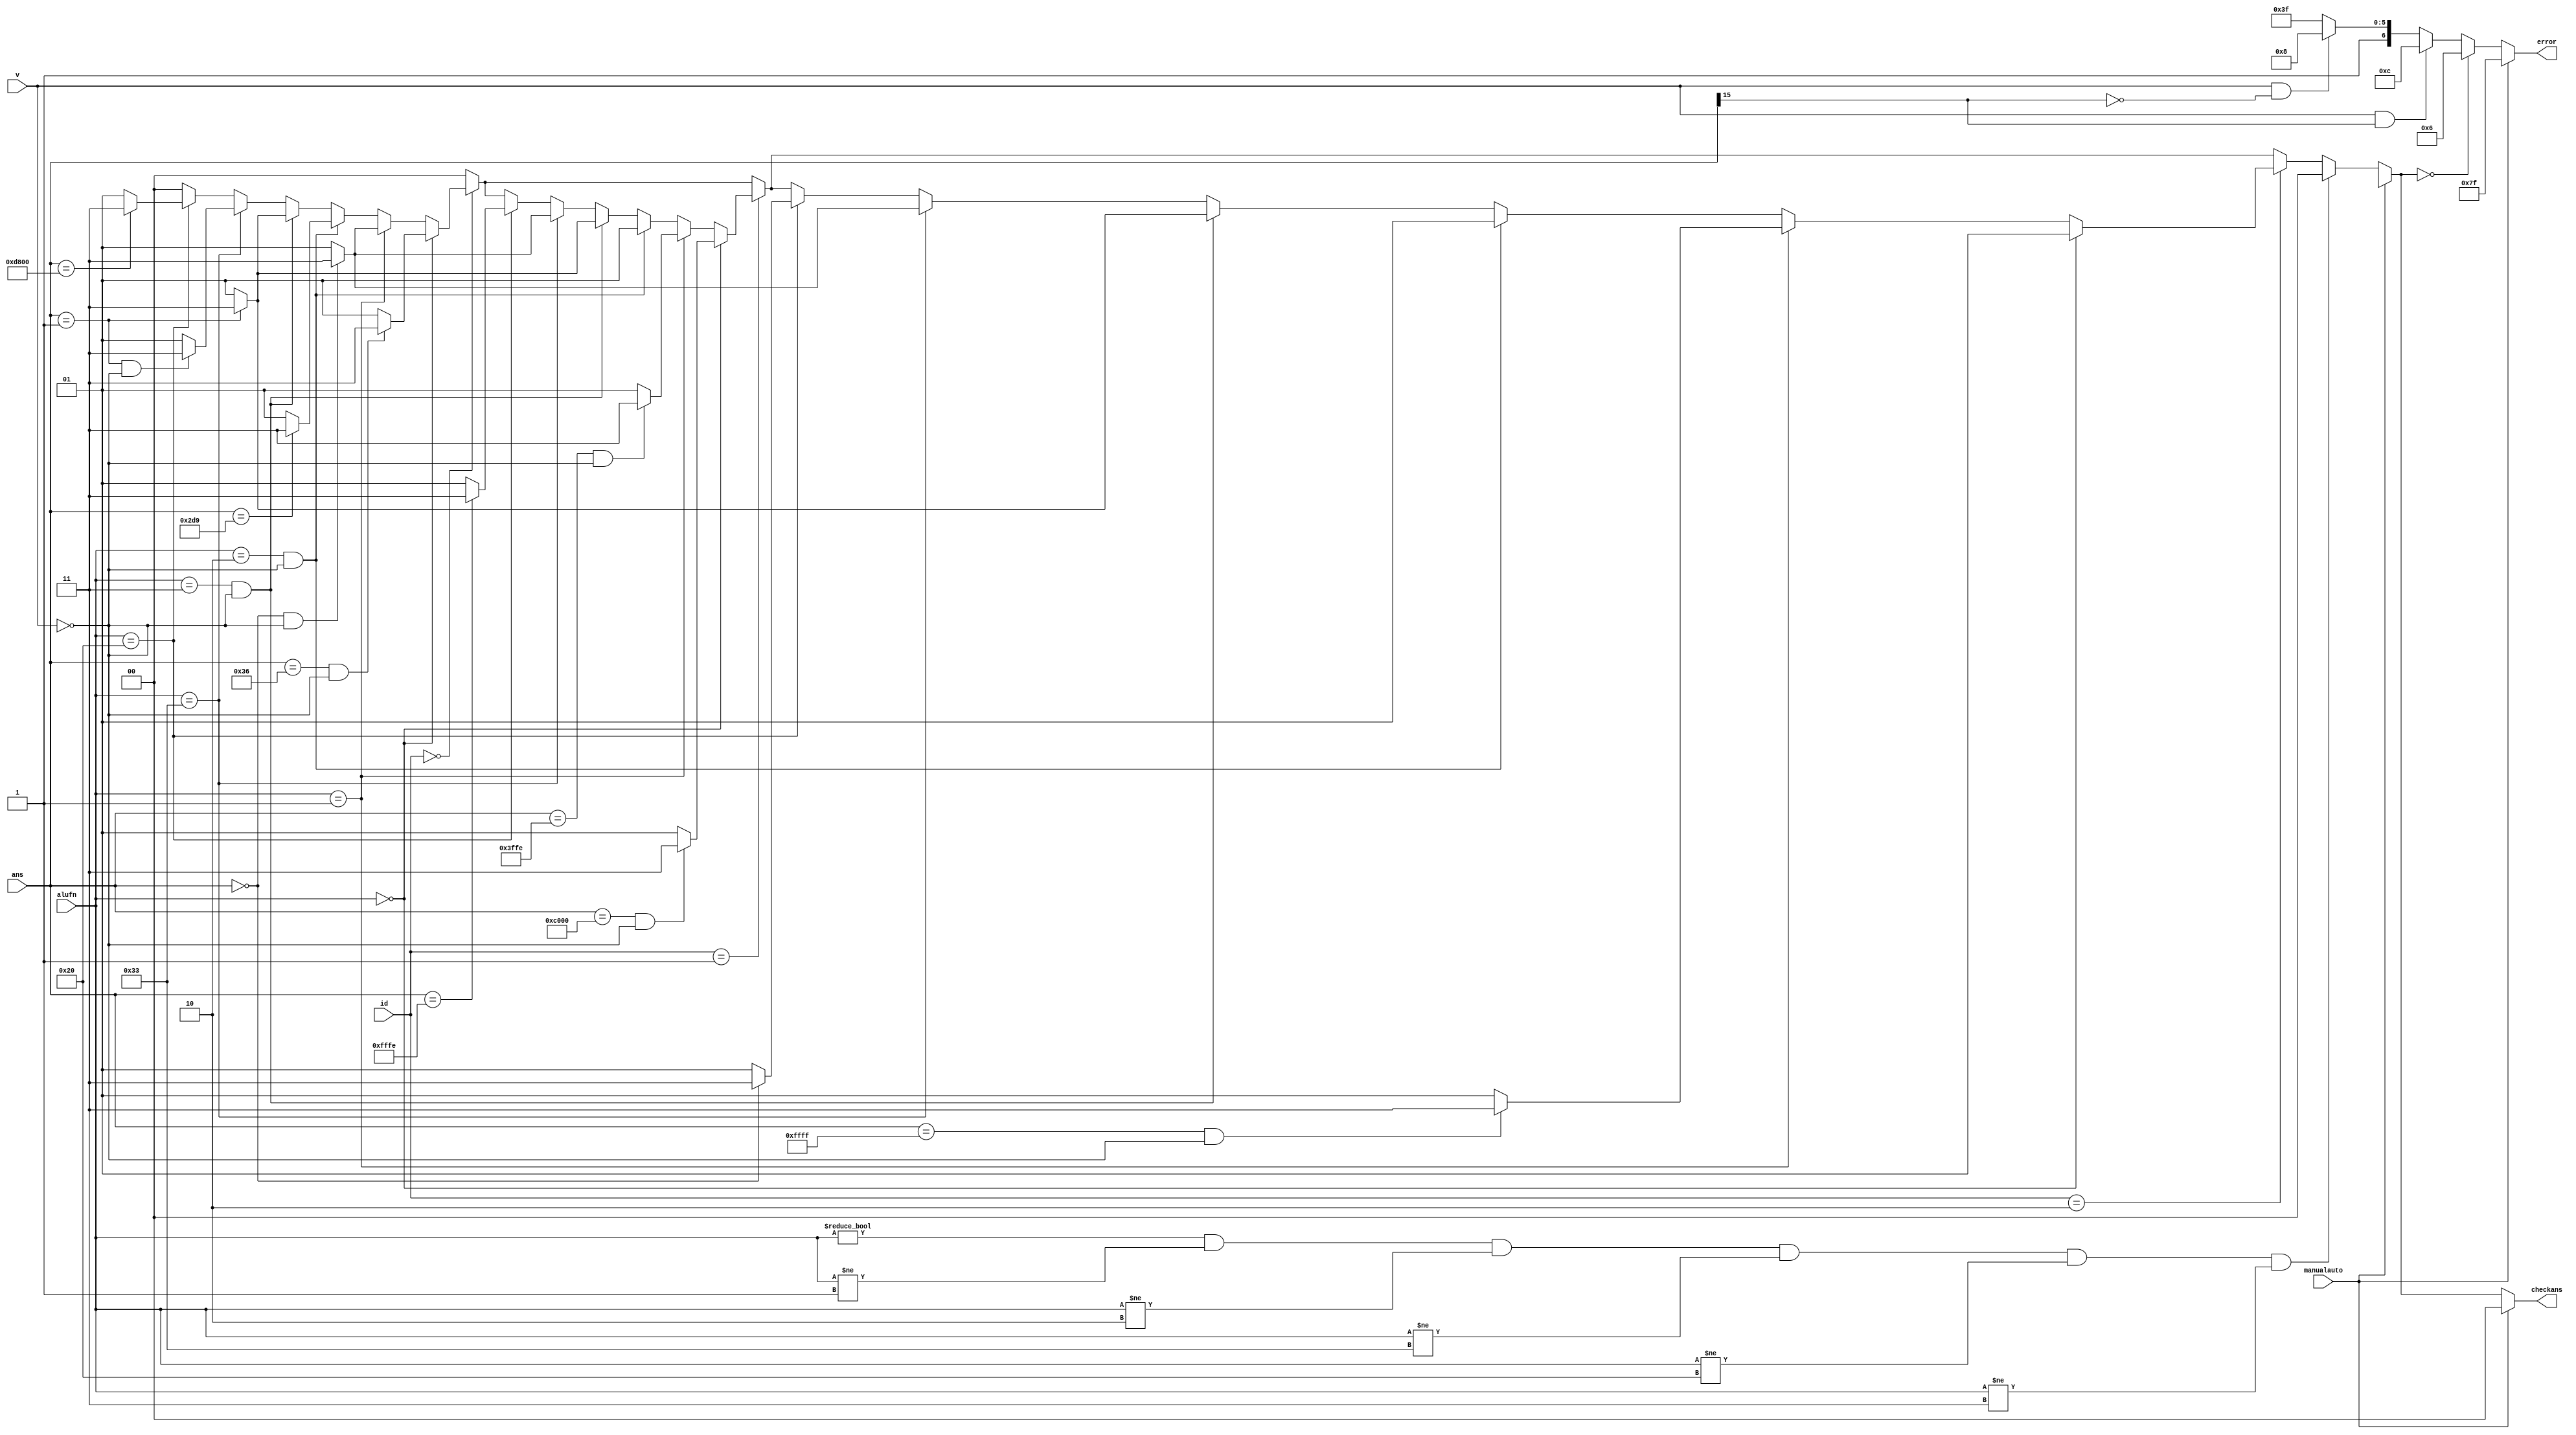
/*
   This file was generated automatically by Alchitry Labs version 1.2.7.
   Do not edit this file directly. Instead edit the original Lucid source.
   This is a temporary file and any changes made to it will be destroyed.
*/

module alu_check_ans_2 (
    input [0:0] manualauto,
    input [15:0] ans,
    input [5:0] alufn,
    input [1:0] id,
    input [0:0] v,
    output reg [1:0] checkans,
    output reg [6:0] error
  );
  
  
  
  localparam ADD = 6'h00;
  
  localparam SUB = 6'h01;
  
  localparam MUL = 6'h02;
  
  localparam DIV = 6'h03;
  
  localparam SHL = 6'h20;
  
  localparam CMPEQ = 6'h33;
  
  localparam TESTCASE1 = 2'h0;
  
  localparam TEST1ADD = 16'h0036;
  
  localparam TEST1SUB = 16'h0000;
  
  localparam TEST1MUL = 16'h02d9;
  
  localparam TEST1DIV = 16'h0001;
  
  localparam TEST1SHL = 16'hd800;
  
  localparam TEST1EQ = 1'h1;
  
  localparam TESTCASE2 = 2'h1;
  
  localparam TEST2ADD = 17'h0c000;
  
  localparam TEST2SUB = 16'h3ffe;
  
  localparam TEST2MUL = 31'h20003fff;
  
  localparam TEST2DIV = 16'h0001;
  
  localparam TEST2SHL = 16'hfffe;
  
  localparam TEST2EQ = 1'h0;
  
  localparam TESTCASE3 = 2'h2;
  
  localparam TEST3ADD = 32'hffff0001;
  
  localparam TEST3SUB = 16'hffff;
  
  localparam TEST3MUL = 32'h3fff8000;
  
  localparam TEST3DIV = 16'h0001;
  
  localparam TEST3SHL = 16'h0000;
  
  localparam TEST3EQ = 1'h0;
  
  localparam CORRECT = 2'h3;
  
  localparam WRONG = 2'h1;
  
  localparam NIL = 2'h0;
  
  reg [1:0] z;
  
  reg [6:0] o;
  
  always @* begin
    z = 2'h0;
    o = 7'h7f;
    if (manualauto == 1'h1) begin
      z = 2'h0;
    end else begin
      if (id == 2'h0) begin
        if (alufn == 6'h00) begin
          if (ans == 16'h0036 && v == 1'h0) begin
            z = 2'h3;
          end else begin
            z = 2'h1;
          end
        end else begin
          if (alufn == 6'h01) begin
            if (ans == 16'h0000 && v == 1'h0) begin
              z = 2'h3;
            end else begin
              z = 2'h1;
            end
          end else begin
            if (alufn == 6'h02 && v == 1'h0) begin
              if (ans == 16'h02d9) begin
                z = 2'h3;
              end else begin
                z = 2'h1;
              end
            end else begin
              if (alufn == 6'h03 && v == 1'h0) begin
                if (ans == 16'h0001) begin
                  z = 2'h3;
                end else begin
                  z = 2'h1;
                end
              end else begin
                if (alufn == 6'h33) begin
                  if (ans == 1'h1 && v == 1'h0) begin
                    z = 2'h3;
                  end else begin
                    z = 2'h1;
                  end
                end else begin
                  if (alufn == 6'h20) begin
                    if (ans == 16'hd800) begin
                      z = 2'h3;
                    end else begin
                      z = 2'h1;
                    end
                  end
                end
              end
            end
          end
        end
      end
      if (id == 2'h1) begin
        if (alufn == 6'h00) begin
          if (ans == 17'h0c000 && v == 1'h0) begin
            z = 2'h3;
          end else begin
            z = 2'h1;
          end
        end else begin
          if (alufn == 6'h01) begin
            if (ans == 16'h3ffe && v == 1'h0) begin
              z = 2'h3;
            end else begin
              z = 2'h1;
            end
          end else begin
            if (alufn == 6'h02 && v == 1'h0) begin
              if (ans == 31'h20003fff) begin
                z = 2'h3;
              end else begin
                z = 2'h1;
              end
            end else begin
              if (alufn == 6'h03 && v == 1'h0) begin
                if (ans == 16'h0001) begin
                  z = 2'h3;
                end else begin
                  z = 2'h1;
                end
              end else begin
                if (alufn == 6'h33) begin
                  if (ans == 1'h0 && v == 1'h0) begin
                    z = 2'h3;
                  end else begin
                    z = 2'h1;
                  end
                end else begin
                  if (alufn == 6'h20) begin
                    if (ans == 16'hfffe) begin
                      z = 2'h3;
                    end else begin
                      z = 2'h1;
                    end
                  end
                end
              end
            end
          end
        end
      end
      if (id == 2'h2) begin
        if (alufn == 6'h00) begin
          if (ans == 32'hffff0001 && v == 1'h0) begin
            z = 2'h3;
          end else begin
            z = 2'h1;
          end
        end else begin
          if (alufn == 6'h01) begin
            if (ans == 16'hffff && v == 1'h0) begin
              z = 2'h3;
            end else begin
              z = 2'h1;
            end
          end else begin
            if (alufn == 6'h02 && v == 1'h0) begin
              if (ans == 32'h3fff8000) begin
                z = 2'h3;
              end else begin
                z = 2'h1;
              end
            end else begin
              if (alufn == 6'h03 && v == 1'h0) begin
                if (ans == 16'h0001) begin
                  z = 2'h3;
                end else begin
                  z = 2'h1;
                end
              end else begin
                if (alufn == 6'h33) begin
                  if (ans == 1'h0 && v == 1'h0) begin
                    z = 2'h3;
                  end else begin
                    z = 2'h1;
                  end
                end else begin
                  if (alufn == 6'h20) begin
                    if (ans == 16'h0000) begin
                      z = 2'h3;
                    end else begin
                      z = 2'h1;
                    end
                  end
                end
              end
            end
          end
        end
      end
      if (alufn != 6'h00 && alufn != 6'h01 && alufn != 6'h02 && alufn != 6'h33 && alufn != 6'h20 && alufn != 6'h03) begin
        z = 2'h0;
      end
      o = 7'h7f;
      if (v == 1'h1 && ans[15+0-:1] == 1'h0) begin
        o = 7'h48;
      end
      if (v == 1'h1 && ans[15+0-:1] == 1'h1) begin
        o = 7'h0c;
      end
      if (z == 2'h0) begin
        o = 7'h06;
      end
    end
    checkans = z;
    error = o;
  end
endmodule